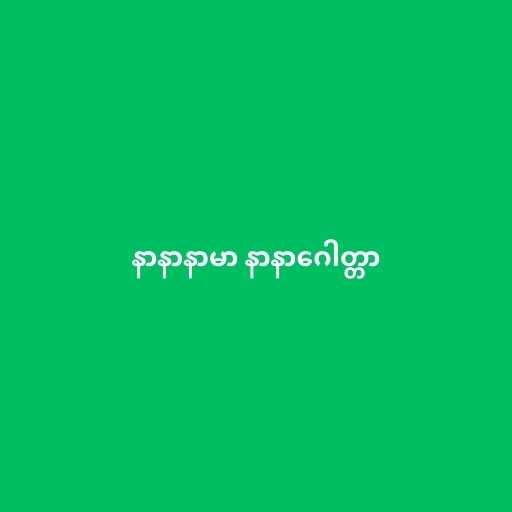
နာနာနာမာ နာနာဂေါတ္တာ